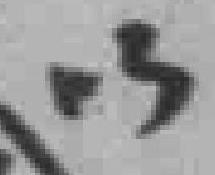
以